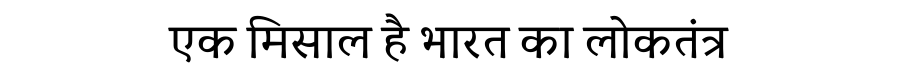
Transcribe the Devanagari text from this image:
एक मिसाल है भारत का लोकतंत्र